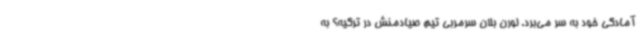
آمادگی خود به سر می‌برد. لورن بلان سرمربی تیم صیادمنش در ترکیه؟ به